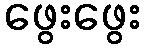
ဖွေးဖွေး